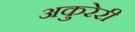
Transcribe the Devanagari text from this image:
अकुरेरी